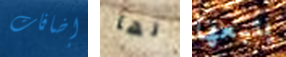
إضافات لها يتبعها